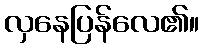
လှနေပြန်လေ၏။